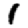
Digit: 1